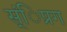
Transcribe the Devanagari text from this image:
स्ंिप्रग